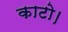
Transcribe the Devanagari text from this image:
काटो।